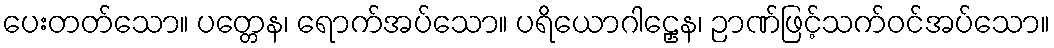
ပေးတတ်သော။ ပတ္တေန၊ ရောက်အပ်သော။ ပရိယောဂါဠှေန၊ ဉာဏ်ဖြင့်သက်ဝင်အပ်သော။